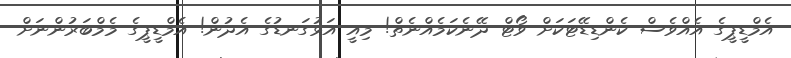
އެމްޑީޕީގެ އެއްވެސް ކެންޑިޑޭޓަކަށް ވޯޓް ދޭނެކަމެއްނެތް! މިއީ އަޅުގަނޑުގެ އެދުން! އެމްޑީޕީގެ މެމްބަރުންނަށް